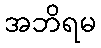
အဘိရမ